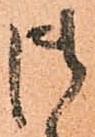
御